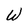
Character: W